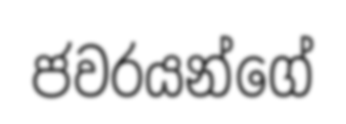
ජවරයන්ගේ